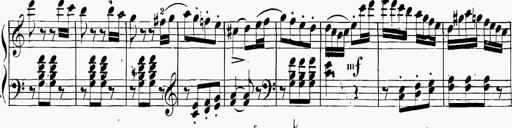
Title: 6 Sonatinas
Composer: Carl Reinecke